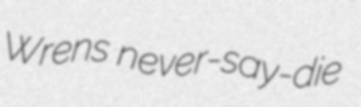
Wrens never-say-die